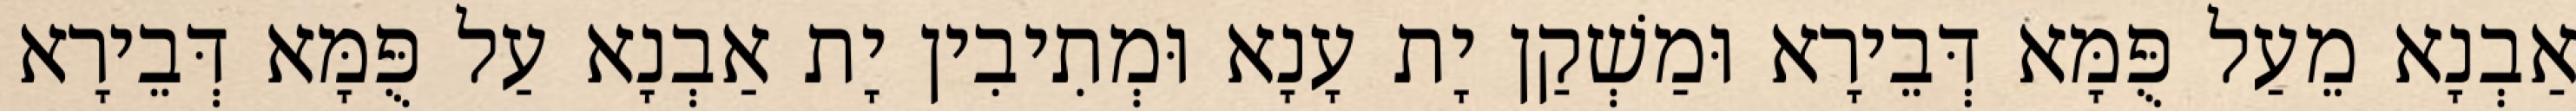
אַבְנָא מֵעַל פֻּמָּא דְּבֵירָא וּמַשְׁקַן יָת עָנָא וּמְתִיבִין יָת אַבְנָא עַל פֻּמָּא דְּבֵירָא